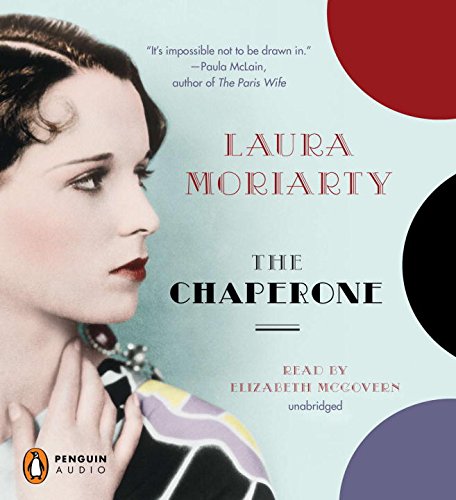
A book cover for The Chaperone; Laura Moriarty; Teen & Young Adult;